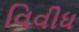
વિવીધ